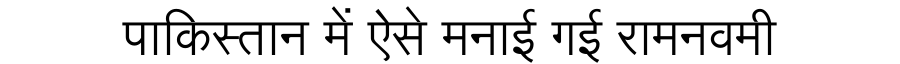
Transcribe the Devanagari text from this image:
पाकिस्तान में ऐसे मनाई गई रामनवमी